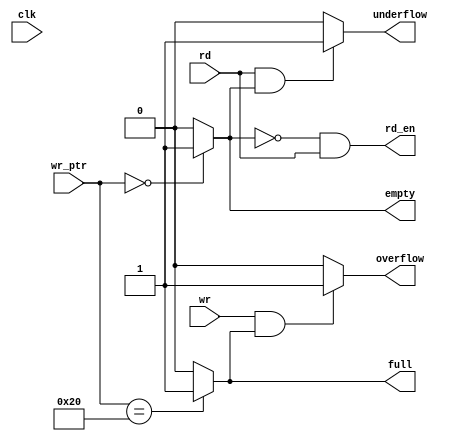
module Status_Signals #(parameter depth=32) (full,empty,overflow,underflow,clk,wr_ptr,wr,rd,rd_en);

    input clk,wr,rd;
    input [31:0] wr_ptr;
    output full,empty,overflow,underflow,rd_en;
    
    assign full = (wr_ptr == depth) ? 1:0;
    assign empty = (wr_ptr == 0) ? 1:0;
    assign rd_en = (~empty & rd);
    
    assign overflow = (wr & full)? 1:0;
    assign underflow = (rd & empty)? 1:0;
    
endmodule